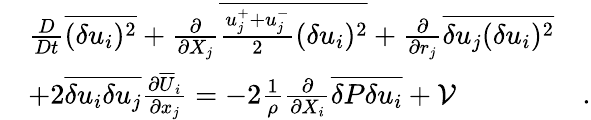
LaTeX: \begin{array}{rlr}&{\frac{D}{Dt}\overline{{(\delta u_{i})^{2}}}+\frac{\partial}{\partial{X_{j}}}\overline{{\frac{u_{j}^{+}+u_{j}^{-}}{2}(\delta u_{i})^{2}}}+\frac{\partial}{\partial{r_{j}}}\overline{{\delta u_{j}(\delta u_{i})^{2}}}}&\\ &{+2\overline{{\delta u_{i}\delta u_{j}}}\frac{\partial\overline{{U}}_{i}}{\partial x_{j}}=-2\frac{1}{\rho}\frac{\partial}{\partial{X_{i}}}\overline{{\delta P\delta u_{i}}}+\mathcal{V}}&{.}\end{array}